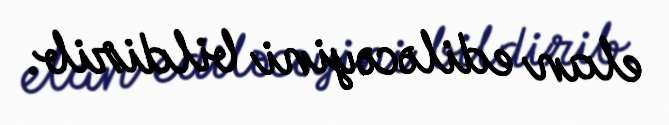
elan ediləcəyini bildirib.